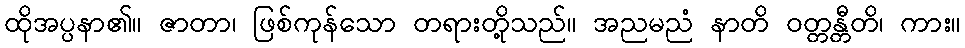
ထိုအပ္ပနာ၏။ ဇာတာ၊ ဖြစ်ကုန်သော တရားတို့သည်။ အညမညံ နာတိ ဝတ္တန္တီတိ၊ ကား။